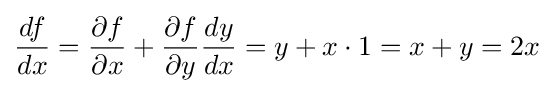
{\frac {df}{dx}}={\frac {\partial f}{\partial x}}+{\frac {\partial f}{\partial y}}{\frac {dy}{dx}}=y+x\cdot 1=x+y=2x